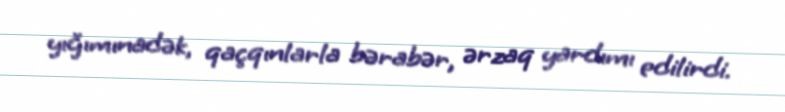
yığımınadək, qaçqınlarla bərabər, ərzaq yardımı edilirdi.